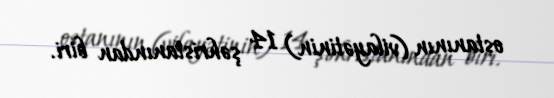
ostanının (vilayətinin) 14 şəhristanından biri.